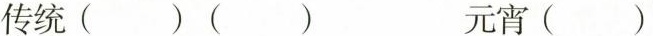
传统()() 元宵()